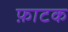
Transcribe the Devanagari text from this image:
फ़ाटक